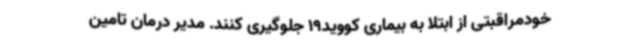
خودمراقبتی از ابتلا به بیماری کووید19 جلوگیری کنند. مدیر درمان تامین